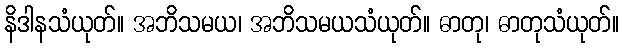
နိဒါနသံယုတ်။ အဘိသမယ၊ အဘိသမယသံယုတ်။ ဓာတု၊ ဓာတုသံယုတ်။